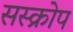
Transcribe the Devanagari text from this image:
सस्क्रोप